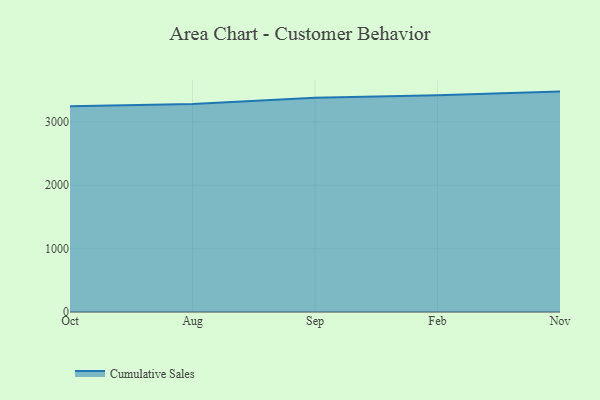
{"axis": {"x": "Month", "y": "Gross Profit (USD K)"}, "legend": ["Cumulative Sales"], "data": [{"x": "Oct", "y": 3246.7, "type": "Cumulative Sales"}, {"x": "Aug", "y": 3282.5, "type": "Cumulative Sales"}, {"x": "Sep", "y": 3380.2, "type": "Cumulative Sales"}, {"x": "Feb", "y": 3421.0, "type": "Cumulative Sales"}, {"x": "Nov", "y": 3477.5, "type": "Cumulative Sales"}]}